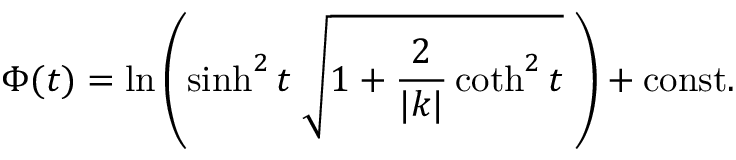
\Phi ( t ) = \ln \left( \sinh ^ { 2 } t \; \sqrt { 1 + \frac { 2 } { | k | } \coth ^ { 2 } t } \; \right) + \mathrm { c o n s t . }